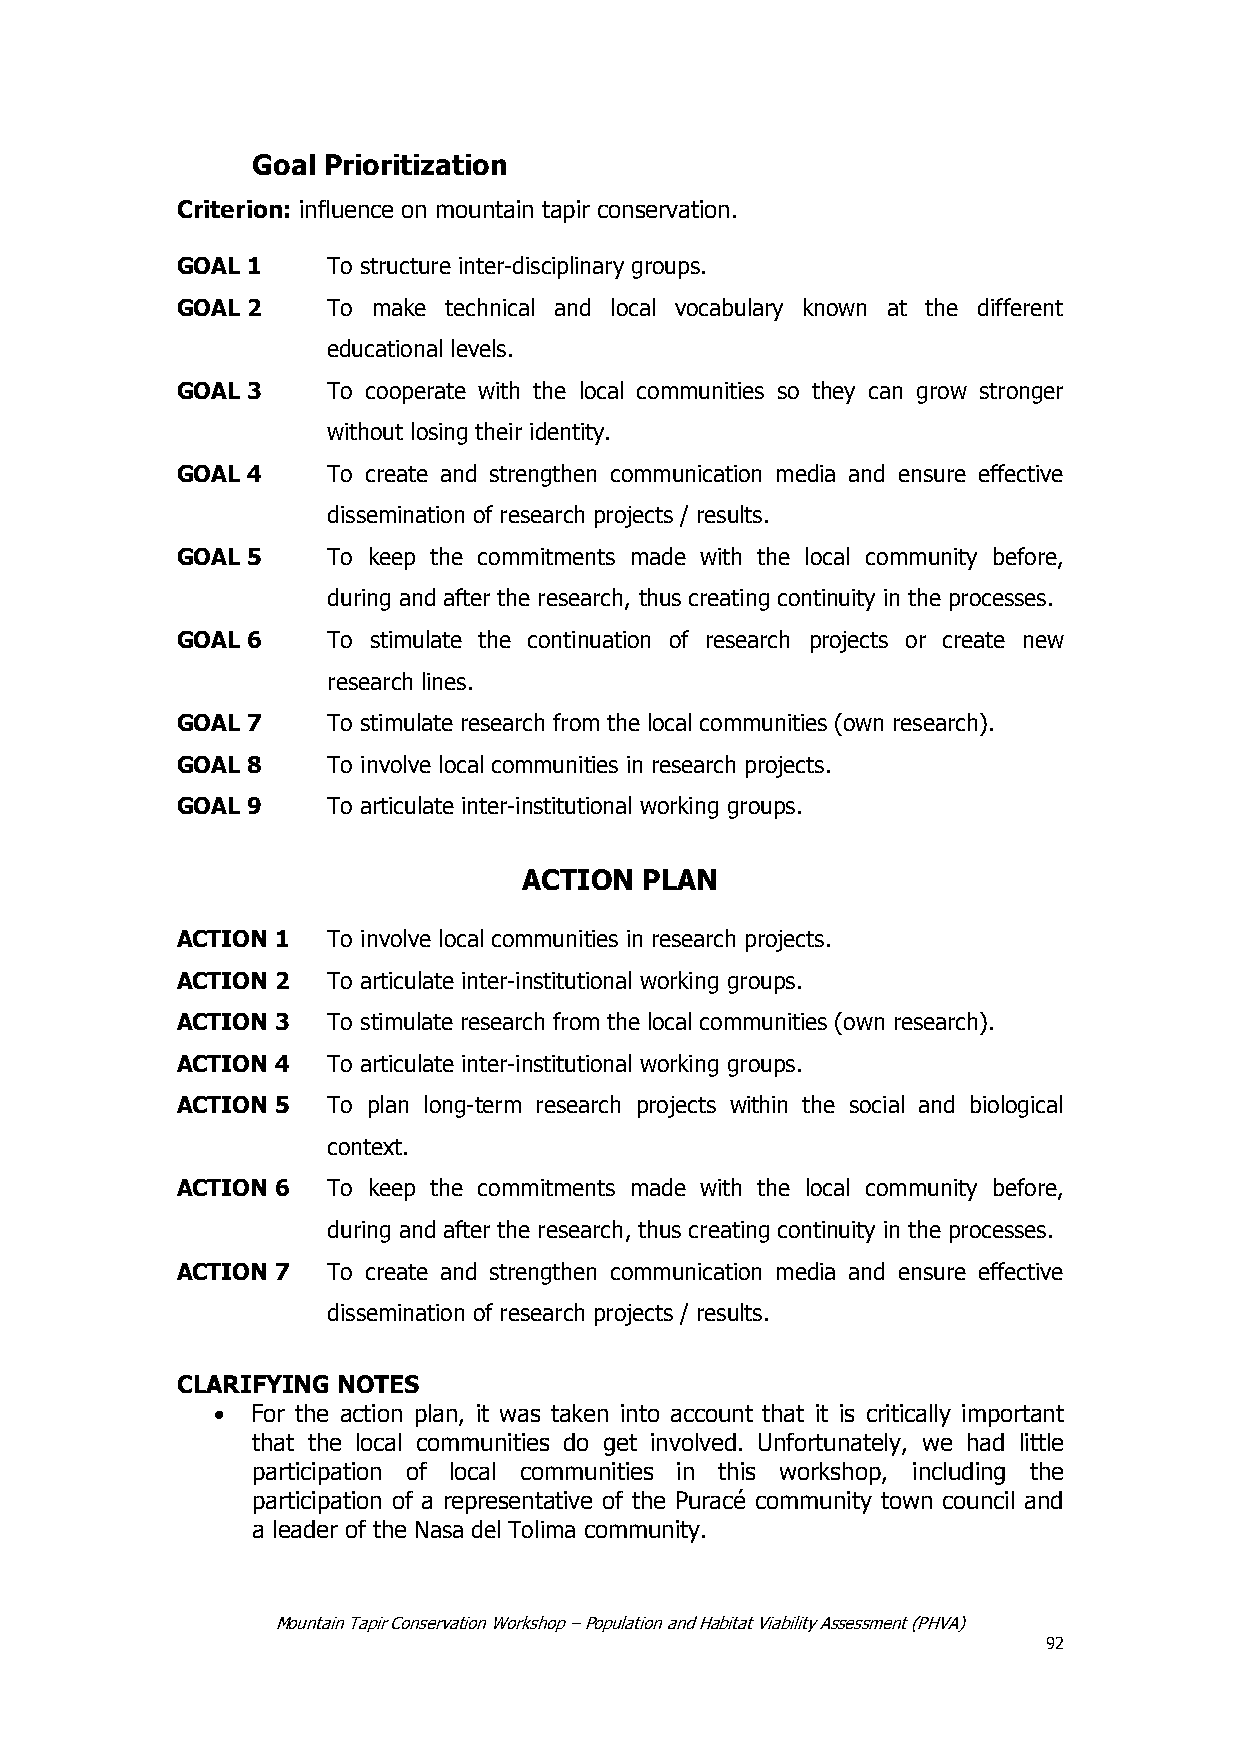
Goal Prioritization
 Criterion: influence on mountain tapir conservation.
 GOAL 1    To structure inter-disciplinary groups.
 GOAL 2    To make technical and local vocabulary known at the different
 educational levels.
 GOAL 3    To cooperate with the local communities so they can grow stronger
 without losing their identity.
 GOAL 4    To create and strengthen communication media and ensure effective
 dissemination of research projects / results.
 GOAL 5    To keep the commitments made with the local community before,
 during and after the research, thus creating continuity in the processes.
 GOAL 6    To stimulate the continuation of research projects or create new
 research lines.
 GOAL 7    To stimulate research from the local communities (own research).
 GOAL 8    To involve local communities in research projects.
 GOAL 9    To articulate inter-institutional working groups.
 ACTION  PLAN
 ACTION 1  To involve local communities in research projects.
 ACTION 2  To articulate inter-institutional working groups.
 ACTION 3  To stimulate research from the local communities (own research).
 ACTION 4  To articulate inter-institutional working groups.
 ACTION 5  To plan long-term research projects within the social and biological
 context.
 ACTION 6  To keep the commitments made with the local community before,
 during and after the research, thus creating continuity in the processes.
 ACTION 7  To create and strengthen communication media and ensure effective
 dissemination of research projects / results.
 CLARIFYING NOTES
 For the action plan, it was taken into account that it is critically important
 that the local communities do get involved. Unfortunately, we had little
 participation of local communities in this workshop, including the
 participation of a representative of the Puracé community town council and
 a leader of the Nasa del Tolima community.
 Mountain Tapir Conservation Workshop – Population and Habitat Viability Assessment (PHVA)
 92